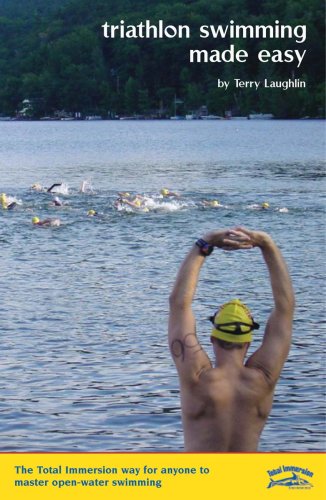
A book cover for Triathlon Swimming Made Easy: The Total Immersion Way for Anyone to Master Open-Water Swimming; Terry Laughlin; Health, Fitness & Dieting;